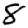
Digit: 8